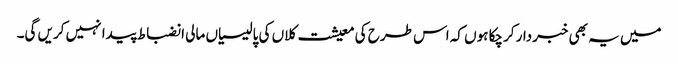
میں یہ بھی خبردار کرچکا ہوں کہ اس طرح کی معیشت کلاں کی پالیسیاں مالی انضباط پیدا نہیں کریں گی۔